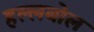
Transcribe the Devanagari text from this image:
हल्लबोल